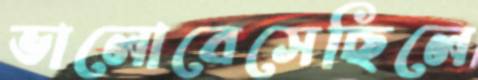
ভালোবেসেছিলে